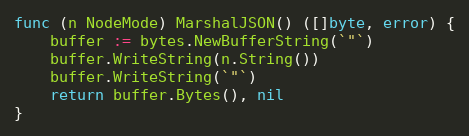
Language: Go
func (n NodeMode) MarshalJSON() ([]byte, error) {
	buffer := bytes.NewBufferString(`"`)
	buffer.WriteString(n.String())
	buffer.WriteString(`"`)
	return buffer.Bytes(), nil
}